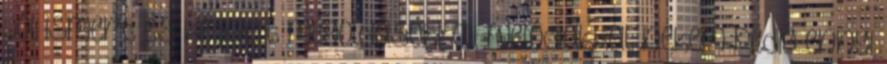
jól ismert és kedvelt megoldásokkal, melódiákkal, nekem pedig ennyi